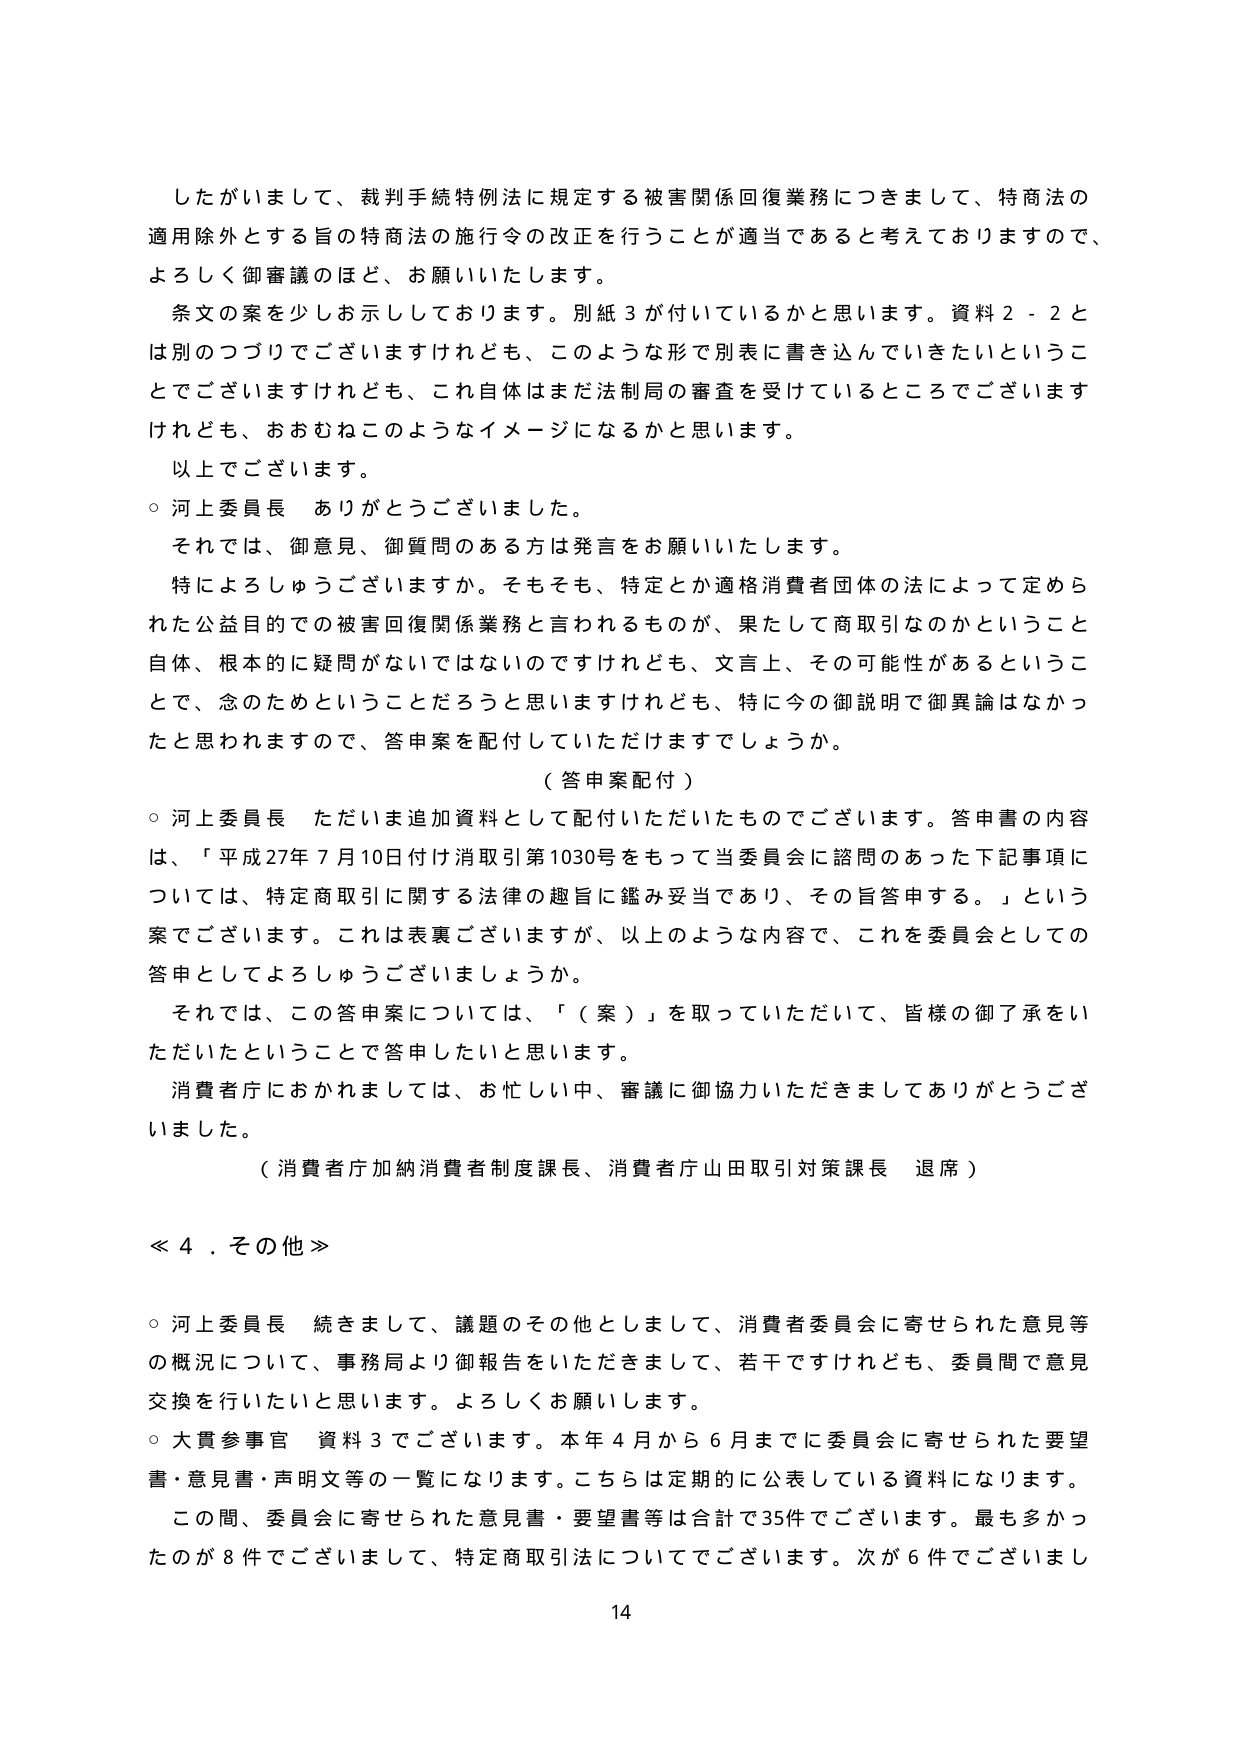
したがいまして、裁判手続特例法に規定する被害関係回復業務につきまして、特商法の適用除外とする旨の特商法の施行令の改正を行うことが適当であると考えておりますので、よろしく御審議のほど、お願いいたします。

条文の案を少しお示ししております。別紙3が付いているかと思います。資料2-2とは別のつづりでございますけれども、このような形で別表に書き込んでいきたいということでございますけれども、これ自体はまだ法制局の審査を受けているところでございますけれども、おおむねこのようなイメージになるかと思います。

以上でございます。

○ 河上委員長 ありがとうございました。

それでは、御意見、御質問のある方は発言をお願いいたします。

特によろしうございますか。そもそも、特定とか適格消費者団体の法によって定められた公益目的での被害回復関係業務と言われるもののが、果たして商取引なのかということ自体、根本的に疑問がないではないのですけれども、文言上、その可能性があるということで、念のためということだろうと思いますけれども、特に今の御説明で御異論はなかったと思われますので、答申案を配付していただけますでしょうか。

（答申案配付）

○ 河上委員長 ただいま追加資料として配付いただいたものでございます。答申書の内容は、「平成27年7月10日付け消取引第1030号をもって当委員会に諮問のあった下記事項については、特定商取引に関する法律の趣旨に鑑み妥当であり、その旨答申する。」という案でございます。これは表裏ございますが、以上のような内容で、これを委員会としての答申としてよろしうございますでしょうか。

それでは、この答申案については、「（案）」を取っていただいて、皆様の御了承をいただいたということで答申したいと思います。

消費者庁におかれましては、お忙しい中、審議に御協力いただきましてありがとうございました。

（消費者庁加納消費者制度課長、消費者庁山田取引対策課長 退席）

≪4．その他≫

○ 河上委員長 続きまして、議題のその他としまして、消費者委員会に寄せられた意見等の概況について、事務局より御報告をいただきまして、若干ですけれども、委員間で意見交換を行いたいと思います。よろしくお願いします。

○ 大貫参事官 資料3でございます。本年4月から6月までに委員会に寄せられた要望書・意見書・声明文等の一覧になります。こちらは定期的に公表している資料になります。

この間、委員会に寄せられた意見書・要望書等は合計で35件でございます。最も多かったのが8件でございまして、特定商取引法についてでございます。次が6件でございまし

14